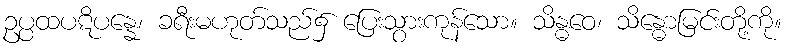
ဥပ္ပထပဋိပန္နေ၊ ခရီးမဟုတ်သည်၌ ပြေးသွားကုန်သော။ သိန္ဓဝေ၊ သိန္ဓောမြင်းတို့ကို။